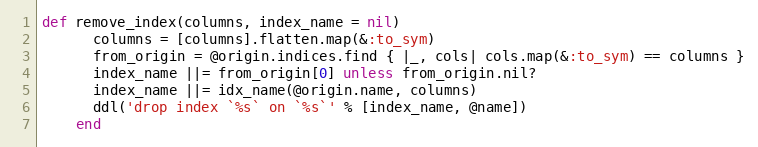
Language: Ruby
def remove_index(columns, index_name = nil)
      columns = [columns].flatten.map(&:to_sym)
      from_origin = @origin.indices.find { |_, cols| cols.map(&:to_sym) == columns }
      index_name ||= from_origin[0] unless from_origin.nil?
      index_name ||= idx_name(@origin.name, columns)
      ddl('drop index `%s` on `%s`' % [index_name, @name])
    end